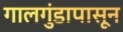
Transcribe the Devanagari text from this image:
गालगुंडापासून